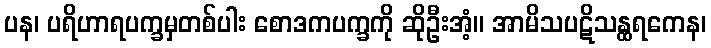
ပန၊ ပရိဟာရပက္ခမှတစ်ပါး စောဒကပက္ခကို ဆိုဦးအံ့။ အာမိသပဋိသန္ထရကေန၊